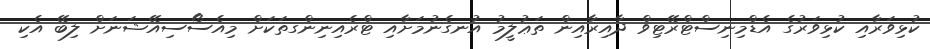
ކުޅިވަރާއި ކުޅިވަރުގެ އެޑްމިނިސްޓްރޭޓިވް ދާއިރާއިން ތަޢުލީމު އުނގެނުމަށާއި ޓްރެއިނިންގތަކަށް މިއެސޯސިއޭޝަނަށް ލިބޭ އެކި